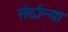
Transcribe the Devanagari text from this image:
सेर्दान्या